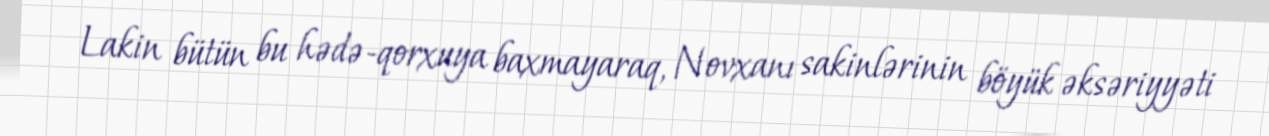
Lakin bütün bu hədə-qorxuya baxmayaraq, Novxanı sakinlərinin böyük əksəriyyəti